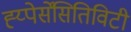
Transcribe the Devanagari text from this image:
ह्य्पेर्सेंसितिविटी